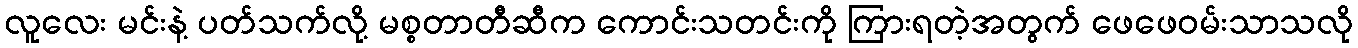
လူလေး မင်းနဲ့ ပတ်သက်လို့ မစ္စတာတီဆီက ကောင်းသတင်းကို ကြားရတဲ့အတွက် ဖေဖေဝမ်းသာသလို